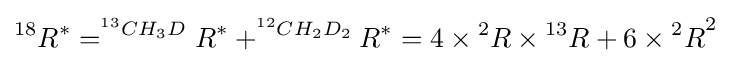
^{18}R^{*}=^{^{13}CH_{3}D}R^{*}+^{^{12}CH_{2}D_{2}}R^{*}=4\times {^{2}R}\times {^{13}R}+6\times {^{2}R}^{2}